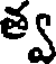
త్వ